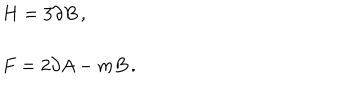
\begin{array} { r c l } { { } } & { { } } & { { H = 3 \partial B \, , } } \\ { { } } & { { } } & { { } } \\ { { } } & { { } } & { { F = 2 \partial A - m B \, . } } \\ \end{array}